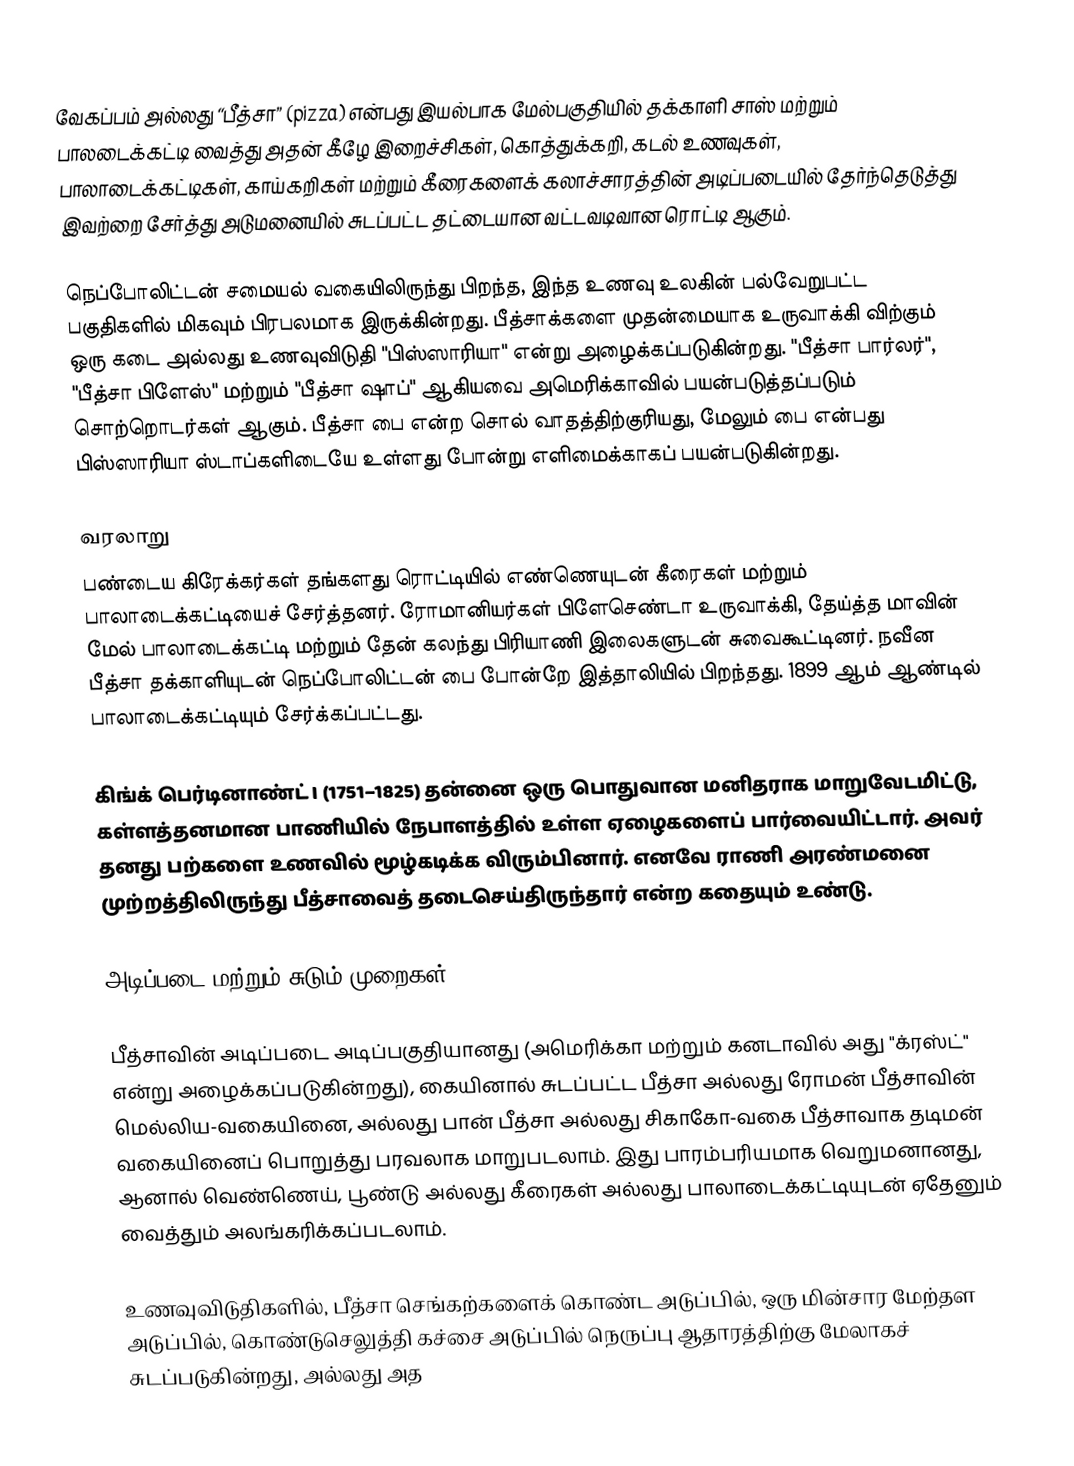
வேகப்பம்  அல்லது “பீத்சா” (pizza)  என்பது இயல்பாக மேல்பகுதியில் தக்காளி சாஸ் மற்றும் பாலடைக்கட்டி வைத்து அதன் கீழே இறைச்சிகள், கொத்துக்கறி, கடல் உணவுகள், பாலாடைக்கட்டிகள், காய்கறிகள் மற்றும் கீரைகளைக் கலாச்சாரத்தின் அடிப்படையில் தேர்ந்தெடுத்து இவற்றை சேர்த்து அடுமனையில் சுடப்பட்ட தட்டையான வட்டவடிவான ரொட்டி ஆகும்.

நெப்போலிட்டன் சமையல் வகையிலிருந்து பிறந்த, இந்த உணவு உலகின் பல்வேறுபட்ட பகுதிகளில் மிகவும் பிரபலமாக இருக்கின்றது. பீத்சாக்களை முதன்மையாக உருவாக்கி விற்கும் ஒரு கடை அல்லது உணவுவிடுதி "பிஸ்ஸாரியா" என்று அழைக்கப்படுகின்றது. "பீத்சா பார்லர்", "பீத்சா பிளேஸ்" மற்றும் "பீத்சா ஷாப்" ஆகியவை அமெரிக்காவில் பயன்படுத்தப்படும் சொற்றொடர்கள் ஆகும். பீத்சா பை என்ற சொல் வாதத்திற்குரியது, மேலும் பை என்பது பிஸ்ஸாரியா ஸ்டாப்களிடையே உள்ளது போன்று எளிமைக்காகப் பயன்படுகின்றது.

வரலாறு
பண்டைய கிரேக்கர்கள் தங்களது ரொட்டியில் எண்ணெயுடன் கீரைகள் மற்றும் பாலாடைக்கட்டியைச் சேர்த்தனர். ரோமானியர்கள் பிளேசெண்டா உருவாக்கி, தேய்த்த மாவின் மேல் பாலாடைக்கட்டி மற்றும் தேன் கலந்து பிரியாணி இலைகளுடன் சுவைகூட்டினர். நவீன பீத்சா தக்காளியுடன் நெப்போலிட்டன் பை போன்றே இத்தாலியில் பிறந்தது. 1899 ஆம் ஆண்டில் பாலாடைக்கட்டியும் சேர்க்கப்பட்டது.

கிங்க் பெர்டினாண்ட் I (1751–1825) தன்னை ஒரு பொதுவான மனிதராக மாறுவேடமிட்டு, கள்ளத்தனமான பாணியில் நேபாளத்தில் உள்ள ஏழைகளைப் பார்வையிட்டார். அவர் தனது பற்களை உணவில் மூழ்கடிக்க விரும்பினார். எனவே ராணி அரண்மனை முற்றத்திலிருந்து பீத்சாவைத் தடைசெய்திருந்தார் என்ற கதையும் உண்டு.

அடிப்படை மற்றும் சுடும் முறைகள்

பீத்சாவின் அடிப்படை அடிப்பகுதியானது (அமெரிக்கா மற்றும் கனடாவில் அது "க்ரஸ்ட்" என்று அழைக்கப்படுகின்றது), கையினால் சுடப்பட்ட பீத்சா அல்லது ரோமன் பீத்சாவின் மெல்லிய-வகையினை, அல்லது பான் பீத்சா அல்லது சிகாகோ-வகை பீத்சாவாக தடிமன் வகையினைப் பொறுத்து பரவலாக மாறுபடலாம். இது பாரம்பரியமாக வெறுமனானது, ஆனால் வெண்ணெய், பூண்டு அல்லது கீரைகள் அல்லது பாலாடைக்கட்டியுடன் ஏதேனும் வைத்தும் அலங்கரிக்கப்படலாம்.

உணவுவிடுதிகளில், பீத்சா செங்கற்களைக் கொண்ட அடுப்பில், ஒரு மின்சார மேற்தள அடுப்பில், கொண்டுசெலுத்தி கச்சை அடுப்பில் நெருப்பு ஆதாரத்திற்கு மேலாகச் சுடப்படுகின்றது, அல்லது அத